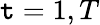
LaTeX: \mathtt{t}=1,T